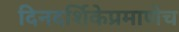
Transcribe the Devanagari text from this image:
दिनदर्शिकेप्रमाणेच